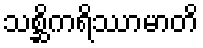
သစ္ဆိကရိဿာမာတိ